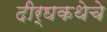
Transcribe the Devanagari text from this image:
दीर्घकथेचे